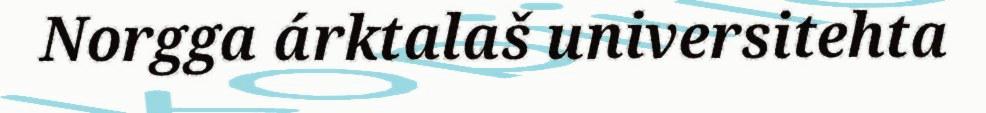
Norgga árktalaš universitehta